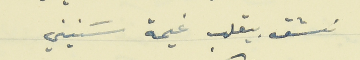
نشق بيقلب غيمة سَنيني